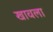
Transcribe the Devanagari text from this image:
खावला